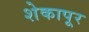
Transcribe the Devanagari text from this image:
शेकापूर